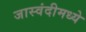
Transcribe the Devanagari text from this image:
जास्वंदीमध्ये